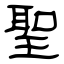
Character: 聖